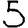
Digit: 5